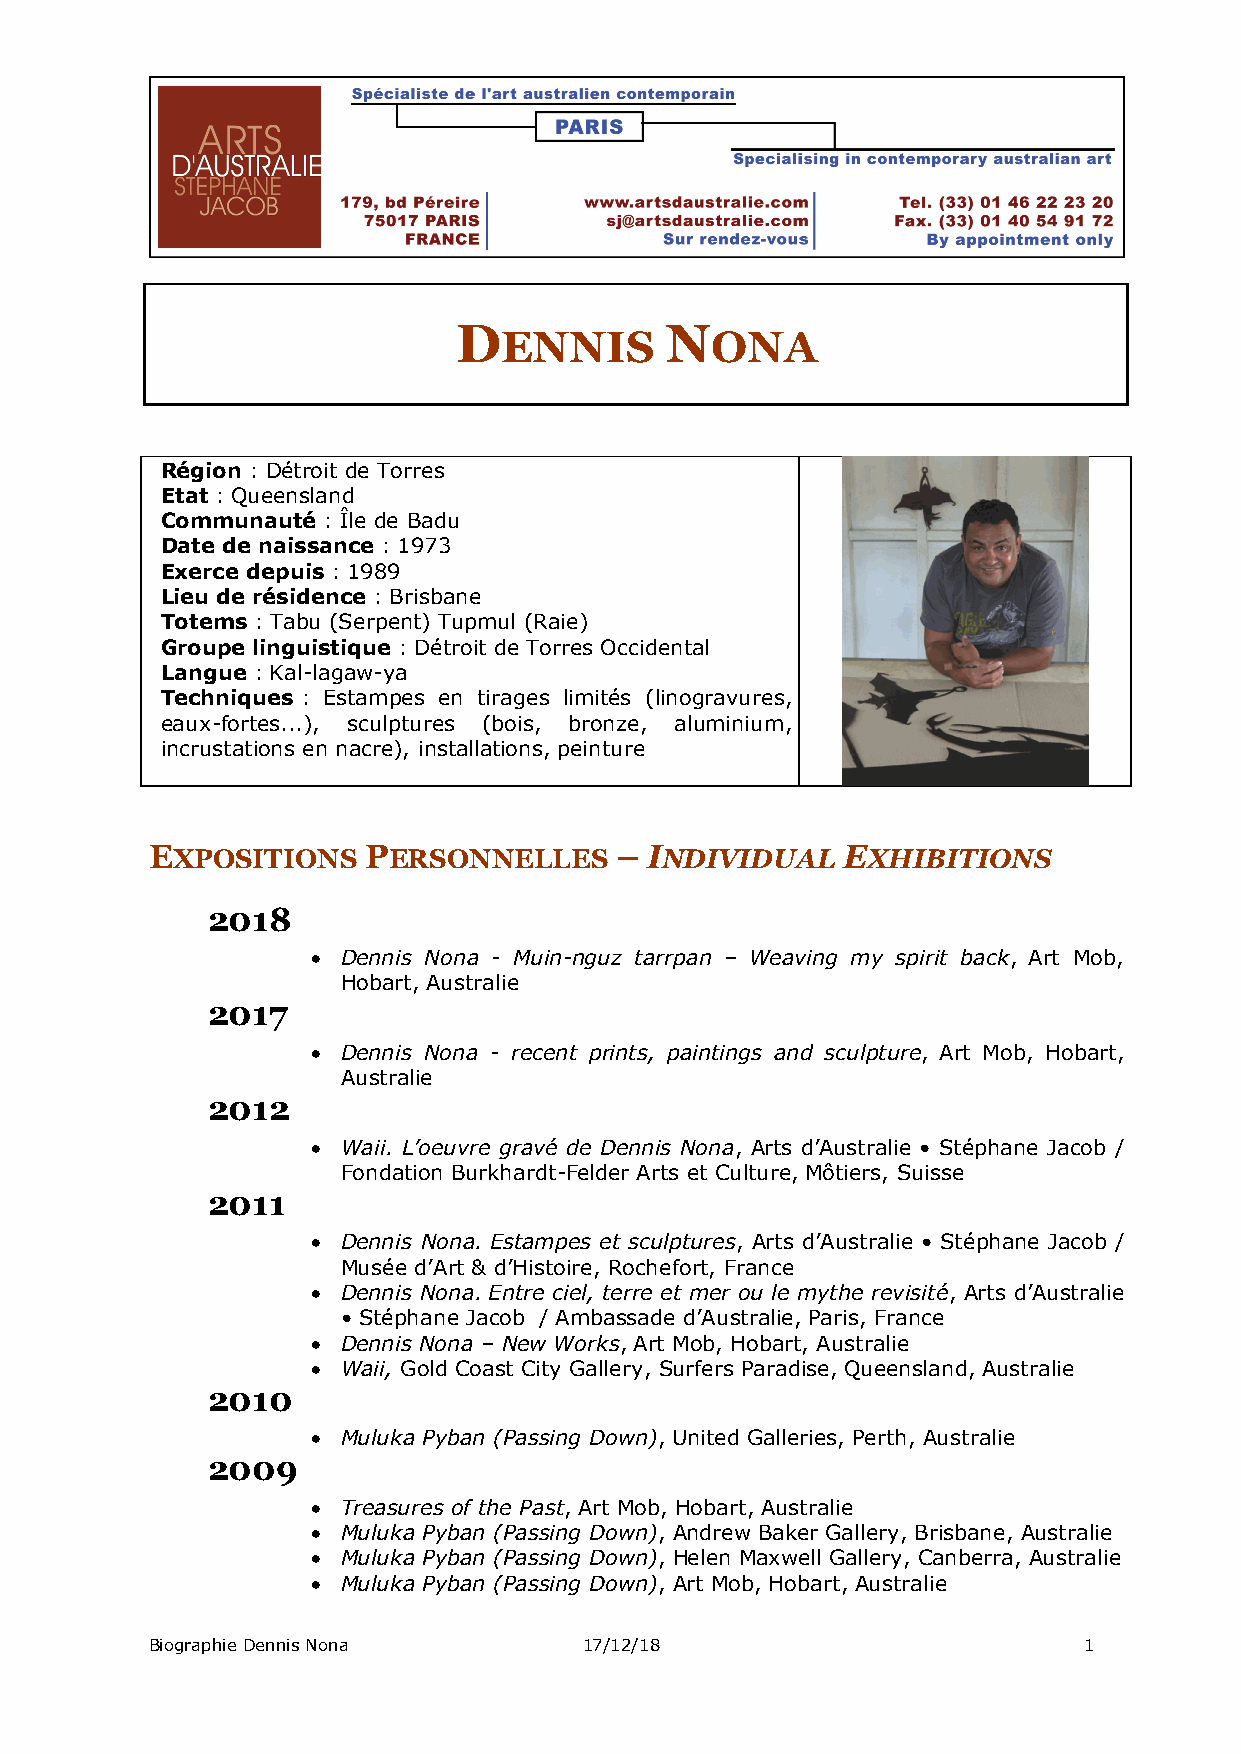
D             N
 ENNIS         ONA
 Région : Détroit de Torres
 Etat : Queensland
 Communauté : Île de Badu
 Date de naissance : 1973
 Exerce depuis : 1989
 Lieu de résidence : Brisbane
 Totems : Tabu (Serpent) Tupmul (Raie)
 Groupe linguistique : Détroit de Torres Occidental
 Langue : Kal-lagaw-ya
 Techniques : Estampes en tirages limités (linogravures,
 eaux-fortes...), sculptures (bois, bronze, aluminium,
 incrustations en nacre), installations, peinture
 EXPOSITIONS   PERSONNELLES     – INDIVIDUAL   EXHIBITIONS
 2018
 • Dennis Nona - Muin-nguz tarrpan – Weaving my spirit back, Art Mob,
 Hobart, Australie
 2017
 • Dennis Nona - recent prints, paintings and sculpture, Art Mob, Hobart,
 Australie
 2012
 • Waii. L’oeuvre gravé de Dennis Nona, Arts d’Australie • Stéphane Jacob /
 Fondation Burkhardt-Felder Arts et Culture, Môtiers, Suisse
 2011
 • Dennis Nona. Estampes et sculptures, Arts d’Australie • Stéphane Jacob /
 Musée d’Art & d’Histoire, Rochefort, France
 • Dennis Nona. Entre ciel, terre et mer ou le mythe revisité, Arts d’Australie
 • Stéphane Jacob / Ambassade d’Australie, Paris, France
 • Dennis Nona – New Works, Art Mob, Hobart, Australie
 • Waii, Gold Coast City Gallery, Surfers Paradise, Queensland, Australie
 2010
 • Muluka Pyban (Passing Down), United Galleries, Perth, Australie
 2009
 • Treasures of the Past, Art Mob, Hobart, Australie
 • Muluka Pyban (Passing Down), Andrew Baker Gallery, Brisbane, Australie
 • Muluka Pyban (Passing Down), Helen Maxwell Gallery, Canberra, Australie
 • Muluka Pyban (Passing Down), Art Mob, Hobart, Australie
 Biographie Dennis Nona       17/12/18                         1